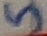
Text: 5